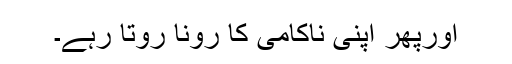
اورپھر اپنی ناکامی کا رونا روتا رہے۔